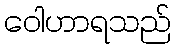
ဝေါဟာရသည်